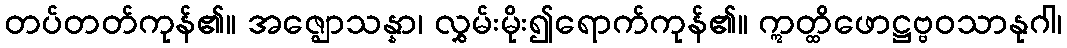
တပ်တတ်ကုန်၏။ အဇ္ဈောသန္နာ၊ လွှမ်းမိုး၍ရောက်ကုန်၏။ ဣတ္ထိဖောဋ္ဌဗ္ဗဝသာနုဂါ၊